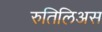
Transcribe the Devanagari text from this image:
रुतिलिअस